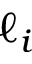
\ell _ { i }